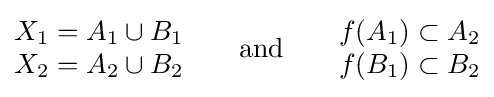
{\begin{matrix}X_{1}=A_{1}\cup B_{1}\\X_{2}=A_{2}\cup B_{2}\end{matrix}}\qquad {\text{and}}\qquad {\begin{matrix}f(A_{1})\subset A_{2}\\f(B_{1})\subset B_{2}\end{matrix}}